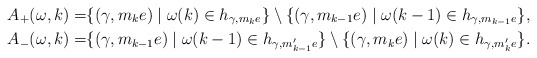
\begin{align*}A_+(\omega,k) =& \{ (\gamma , m_ke) \mid \omega(k) \in h_{\gamma,m_{k }e} \} \setminus \{ (\gamma , m_{k-1} e) \mid \omega(k-1) \in h_{\gamma,m_{k -1}e} \}, \\ A_{-}(\omega,k) =& \{ (\gamma , m_{k-1} e) \mid \omega(k-1) \in h_{\gamma,m'_{k-1 }e} \} \setminus \{( \gamma, m_{k} e) \mid \omega(k) \in h_{\gamma,m_{k }'e} \}. \end{align*}